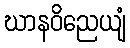
ဃာနဝိညေယျံ